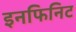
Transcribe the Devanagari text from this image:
इनफिनिट